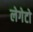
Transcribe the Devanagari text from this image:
लेगेटो